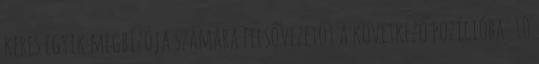
keres egyik megbízója számára felsővezetőt a következő pozícióba: 10